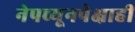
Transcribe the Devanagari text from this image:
नेपच्यूनपेक्षाही